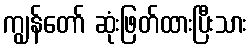
ကျွန်တော် ဆုံးဖြတ်ထားပြီးသား